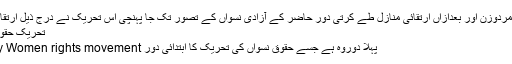
پہلے نعرہ مساوات مردوزن اور بعدازاں ارتقائی منازل طے کرتی دور حاضر کے آزادی نسواں کے تصور تک جا پہنچی اس تحریک نے درج ذیل ارتقائی منازل طے کیں:
تحریک حقوق نسواں کے ادوار:
پہلا دوروہ ہے جسے حقوق نسواں کی تحریک کا ابتدائی دور Early Women rights movement کہا جاتا ہے۔